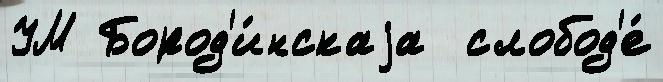
УМ Бород'и́нскаjа  слобод'е́